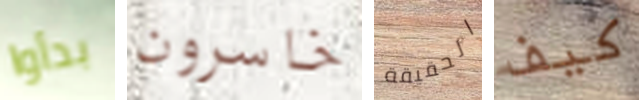
بدأوا خاسرون الحقيقة كيف